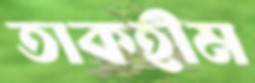
তাকহীম